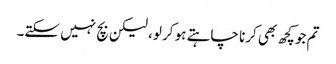
تم جو کچھ بھی کرنا چاہتے ہو کر لو، لیکن بچ نہیں سکتے۔